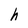
Character: h